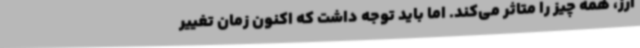
ارز، همه چیز را متاثر می‌کند. اما باید توجه داشت که اکنون زمان تغییر